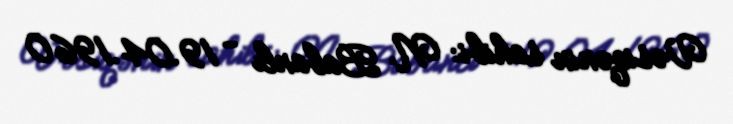
Vəsiqənin sahibi: N. Babanlı - 19.04.1960